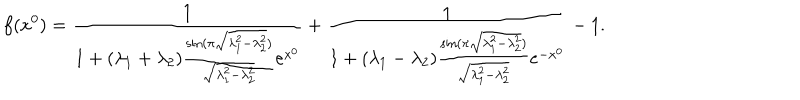
LaTeX: f ( x ^ { 0 } ) = \frac { 1 } { 1 + ( \lambda _ { 1 } + \lambda _ { 2 } ) \frac { \sin ( \pi \sqrt { \lambda _ { 1 } ^ { 2 } - \lambda _ { 2 } ^ { 2 } } ) } { \sqrt { \lambda _ { 1 } ^ { 2 } - \lambda _ { 2 } ^ { 2 } } } e ^ { x ^ { 0 } } } + \frac { 1 } { 1 + ( \lambda _ { 1 } - \lambda _ { 2 } ) \frac { \sin ( \pi \sqrt { \lambda _ { 1 } ^ { 2 } - \lambda _ { 2 } ^ { 2 } } ) } { \sqrt { \lambda _ { 1 } ^ { 2 } - \lambda _ { 2 } ^ { 2 } } } e ^ { - x ^ { 0 } } } - 1 .